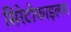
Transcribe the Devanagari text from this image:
सिरेटोफाइलम